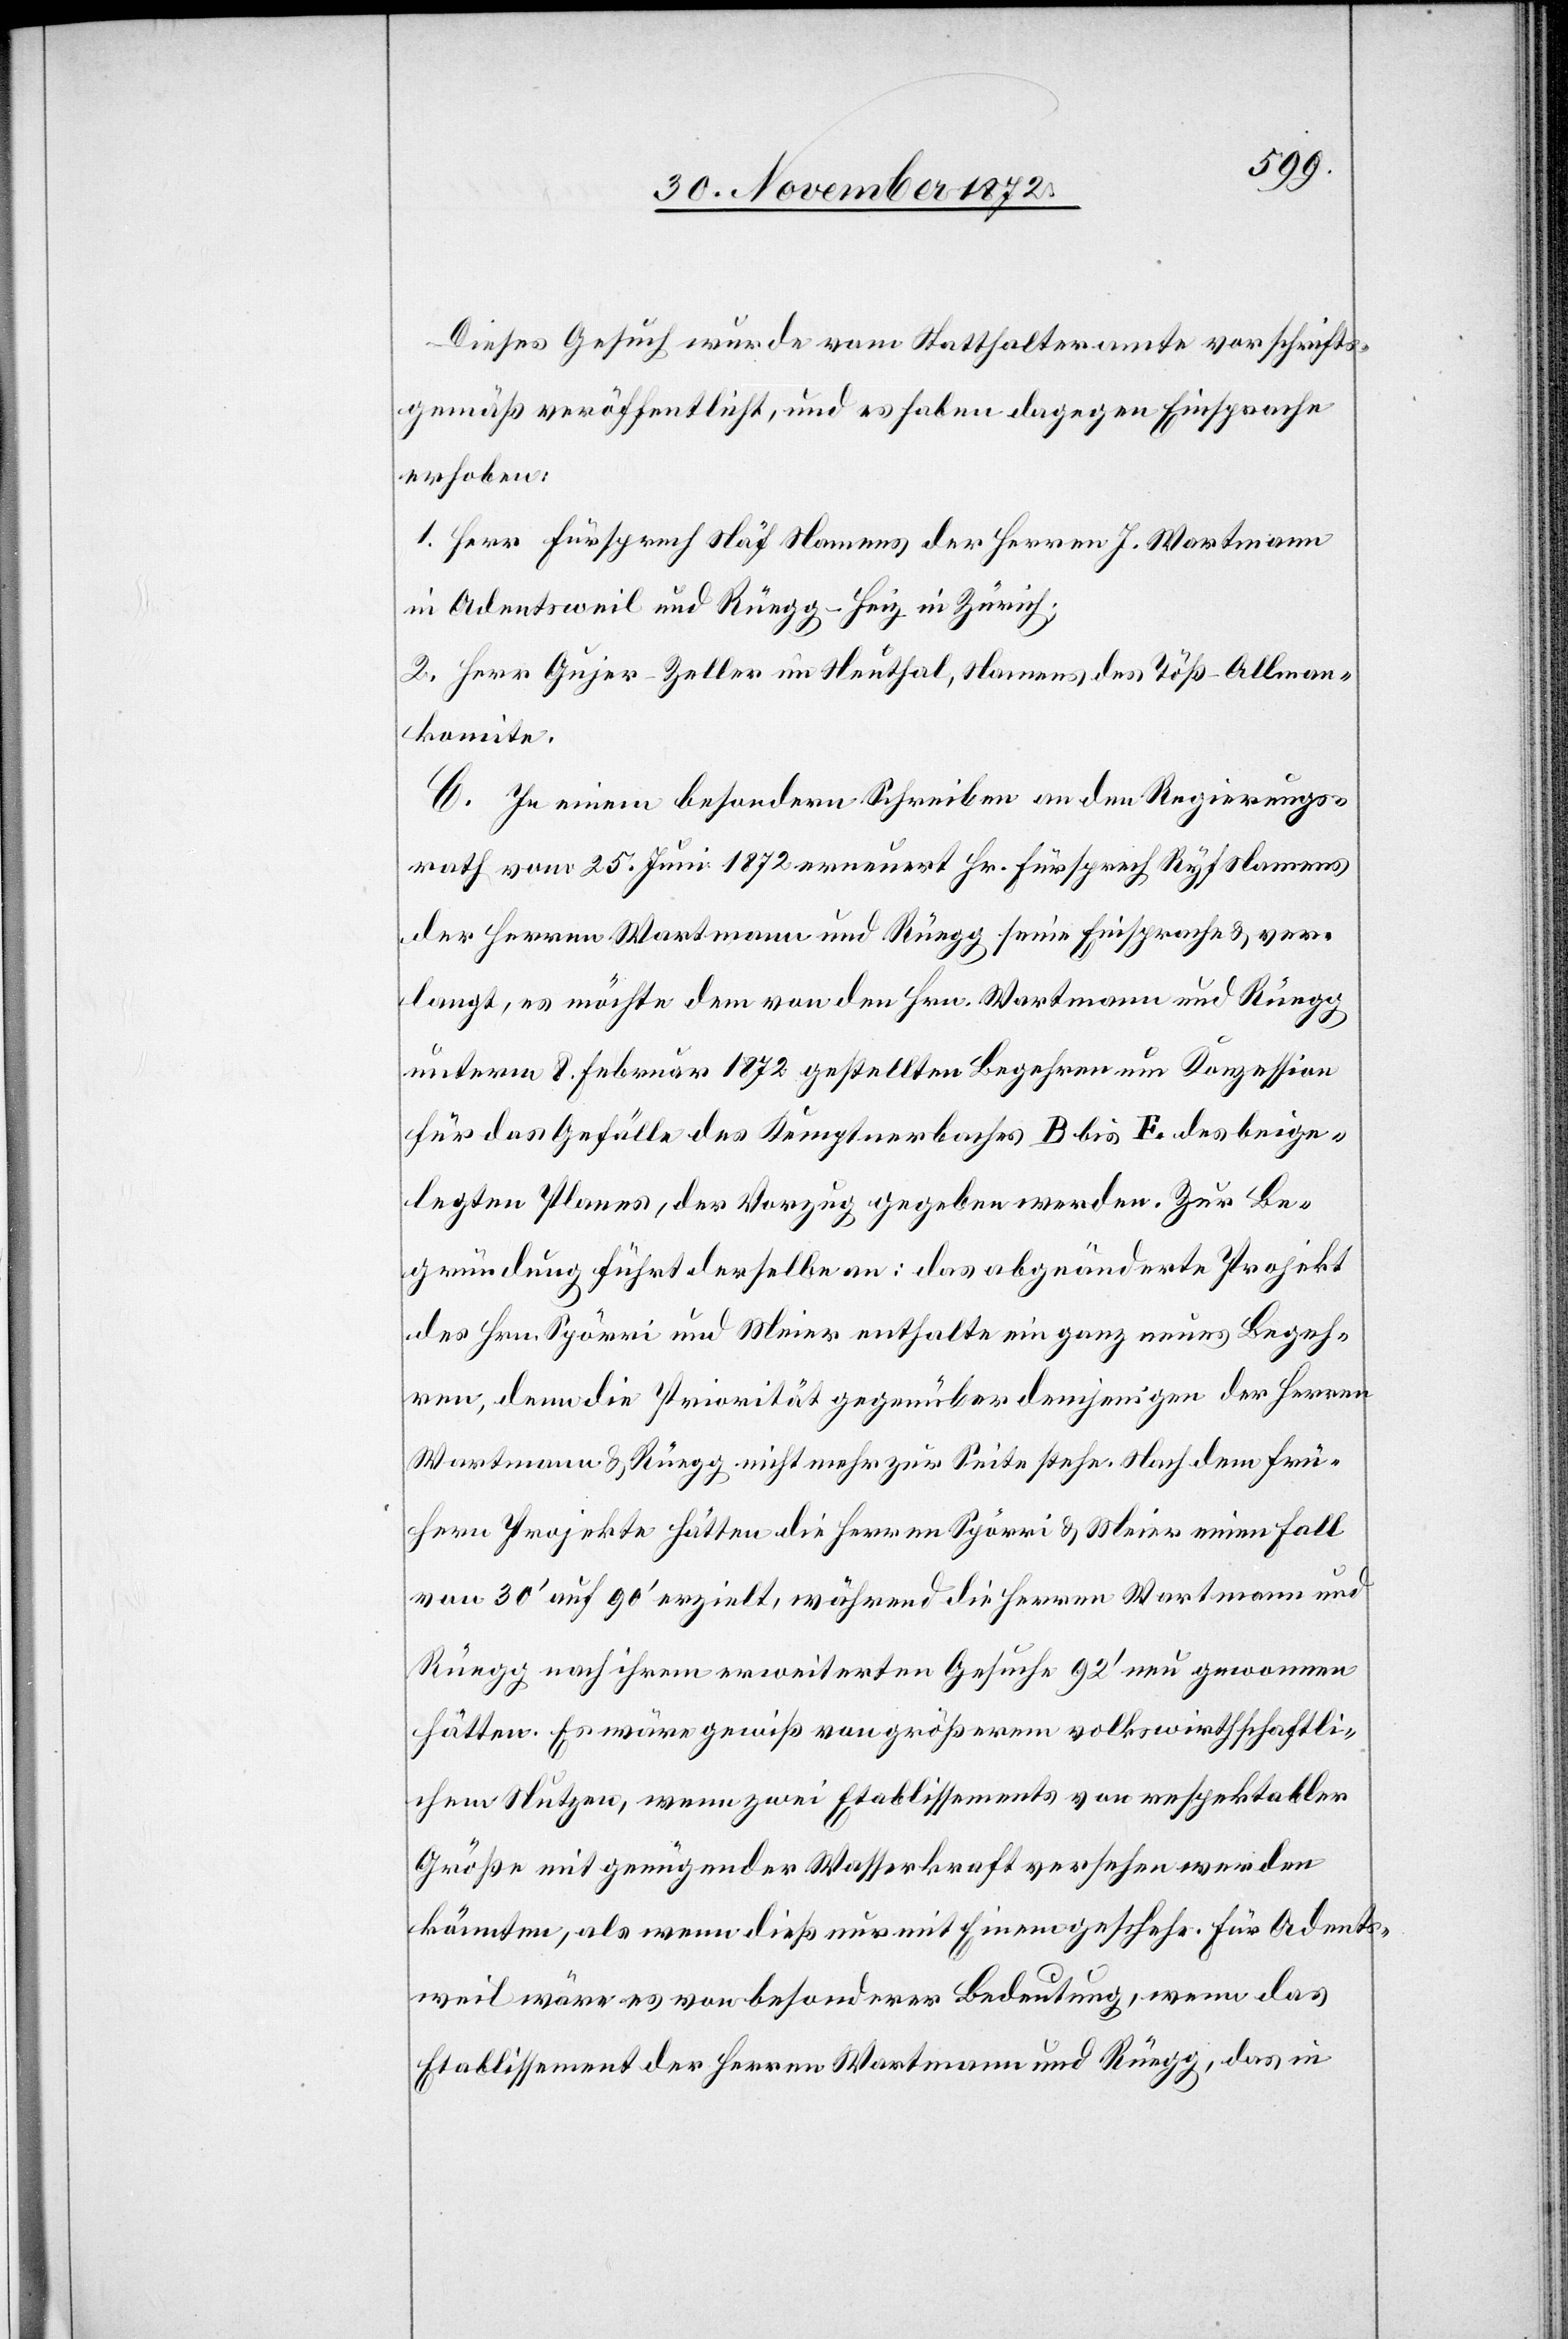
Dieses Gesuch wurde vom Statthalteramte vorschrifts¬
gemäß veröffentlicht, und es haben dagegen Einsprache
erhoben:
1. Herr Fürsprech Näf Namens der Herren J. Wartmann
in Adentsweil und Rüegg-Heiz in Zürich;
2. Herr Gujer-Zeller im Neuthal, Namens des Töß-Allman¬
komite.
C. In einem besondern Schreiben an den Regierungs¬
rath vom 25. Juni 1872 erneurt Hr. Fürsprech Ryf Namens
der Herren Wartmann und Rüegg seine Einsprache u. ver¬
langt, es möchte dem von den Hrn. Wartmann und Rüegg
unterm 8. Februar 1872 gestellten Begehren um Konzession
für das Gefälle des Kemptnerbaches B bis E des beige¬
legten Planes, der Vorzug gegeben werden. Zur Be¬
gründung führt derselbe an: das abgeänderte Projekt
der Hrn. Spörri und Meier enthalte ein ganz neues Begeh¬
ren, dem die Priorität gegenüber demjenigen der Herren
Wartmann u. Rüegg nicht mehr zur Seite stehe. Nach dem frü¬
hern Projekte hätten die Herren Spörri u. Meier einen Fall
von 30’ auf 90’ erzielt, während die Herren Wartmann und
Rüegg nach ihrem erweiterten Gesuch 92’ neu gewonnen
hätten. Es wäre gewiß von größerem volkswirthschaftli¬
chem Nutzen, wenn zwei Etablissements von respektabler
Größe mit genügender Wasserkraft versehen werden
könnten, als wenn dieß nur mit Einem geschehe. Für Adents¬
weil wäre es von besonderer Bedeutung, wenn das
Etablissement der Herren Wartmann und Rüegg, das in